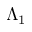
\Lambda _ { 1 }